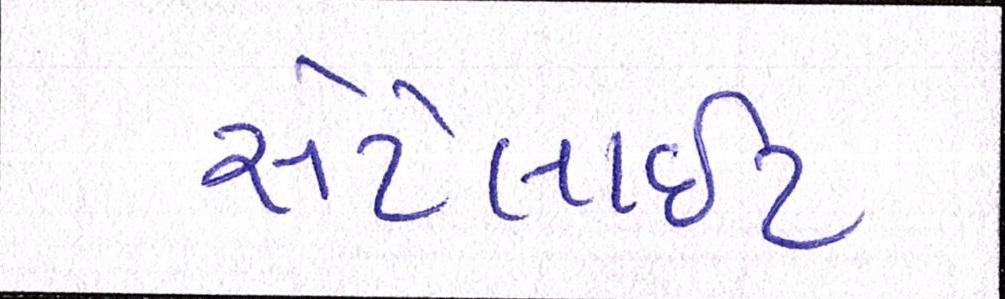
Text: સેટેલાઈટ